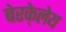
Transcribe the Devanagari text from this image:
बेरके्लेय